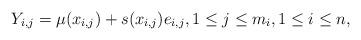
LaTeX: \begin{align*} Y_{i,j}=\mu(x_{i,j})+s(x_{i,j})e_{i,j},1\le j\le m_i, 1\le i\le n,\end{align*}